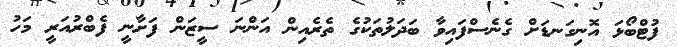
ފުޓްބޯޅަ އޮނިގަނޑަށް ގެނެސްފައިވާ ބަދަލުތަކުގެ ތެރެއިން އަންނަ ސީޒަން ފަށާނީ ފެބްރުއަރީ މަހު